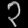
Digit: ၃